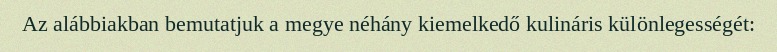
Az alábbiakban bemutatjuk a megye néhány kiemelkedő kulináris különlegességét: